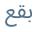
بقع